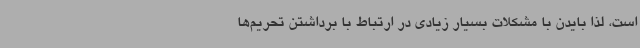
است، لذا بایدن با مشکلات بسیار زیادی در ارتباط با برداشتن تحریم‌ها